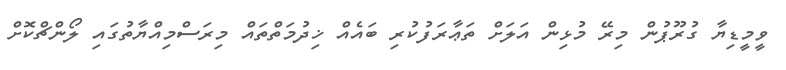
ވީމީޑިޔާ ގުރޫޕުން މިރޭ މުޅިން އަލަށް ތަޢާރަފުކުރި ބައެއް ޚިދުމަތްތައް މިރަސްމިއްޔާތުގައި ލޯންޗްކޮށް